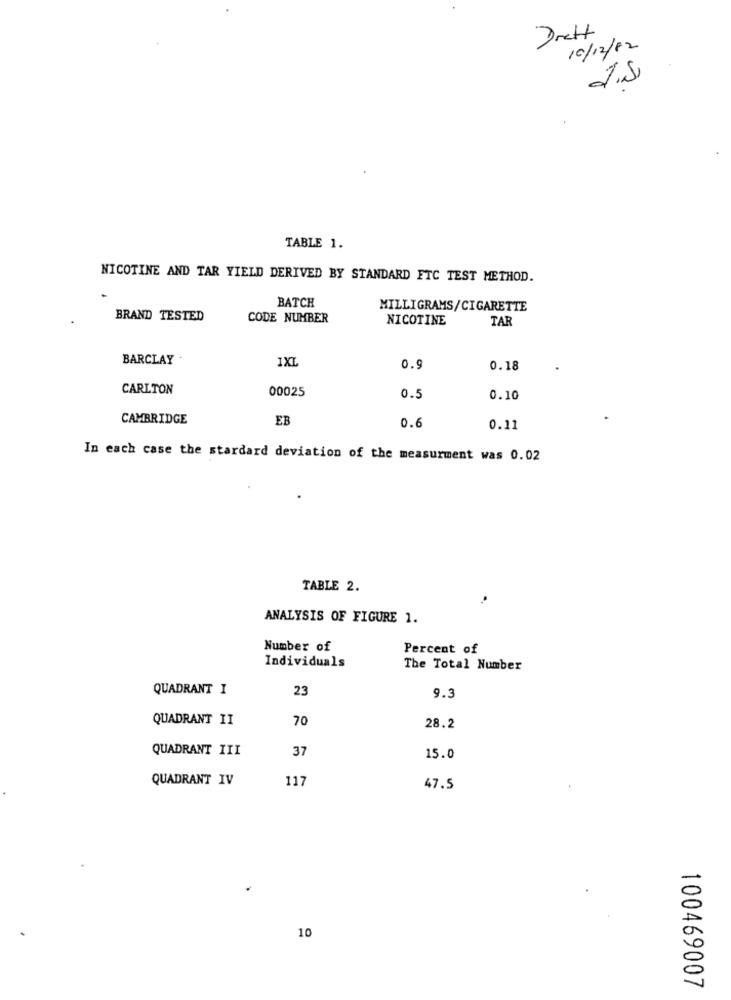
Drett
10/12/12
TABLE 1.
NICOTINE AND TAR YIELD DERIVED BY STANDARD FTC TEST METHOD.
BATCH
MILLIGRAMS/CIGARETTE
BRAND TESTED
CODE NUMBER
NICOTINE
TAR
BARCLAY -
IXL
0.9
0.18
CARLTON
00025
0.5
0.10
CAMBRIDGE
EB
0.6
0.11
In each case the stardard deviation of the measurment was 0.02
TABLE 2.
ANALYSIS OF FIGURE 1.
Number of
Percent of
Individuals
The Total Number
QUADRANT I
23
9.3
QUADRANT II
70
28.2
QUADRANT III
37
15.0
QUADRANT IV
117
47.5
10
100469007